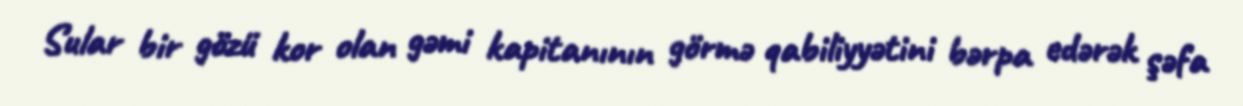
Sular bir gözü kor olan gəmi kapitanının görmə qabiliyyətini bərpa edərək şəfa